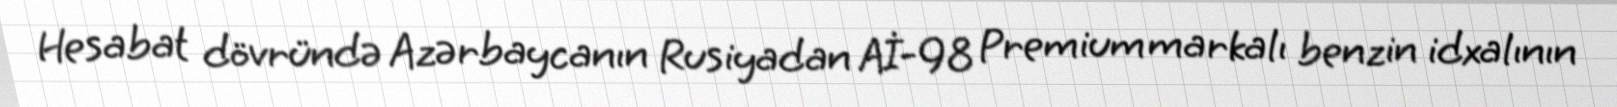
Hesabat dövründə Azərbaycanın Rusiyadan Aİ-98 Premium markalı benzin idxalının